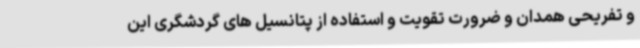
و تفریحی همدان و ضرورت تقویت و استفاده از پتانسیل های گردشگری این